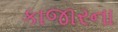
કાજારના